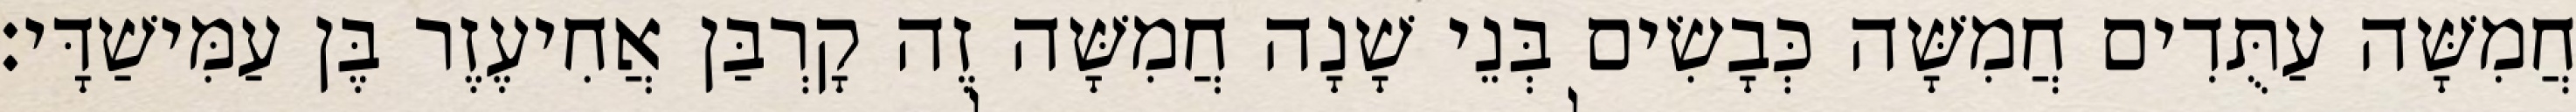
חֲמִשָּׁה עַתֻּדִים חֲמִשָּׁה כְּבָשִׂים בְּנֵי שָׁנָה חֲמִשָּׁה זֶה קָרְבַּן אֲחִיעֶזֶר בֶּן עַמִּישַׁדָּי׃